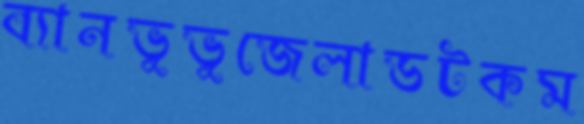
ব্যানভুভুজেলাডটকম